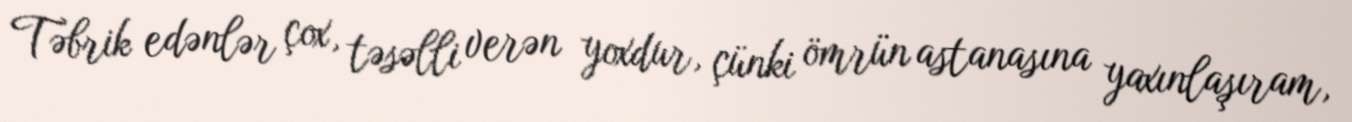
Təbrik edənlər çox, təsəlli verən yoxdur, çünki ömrün astanasına yaxınlaşıram,